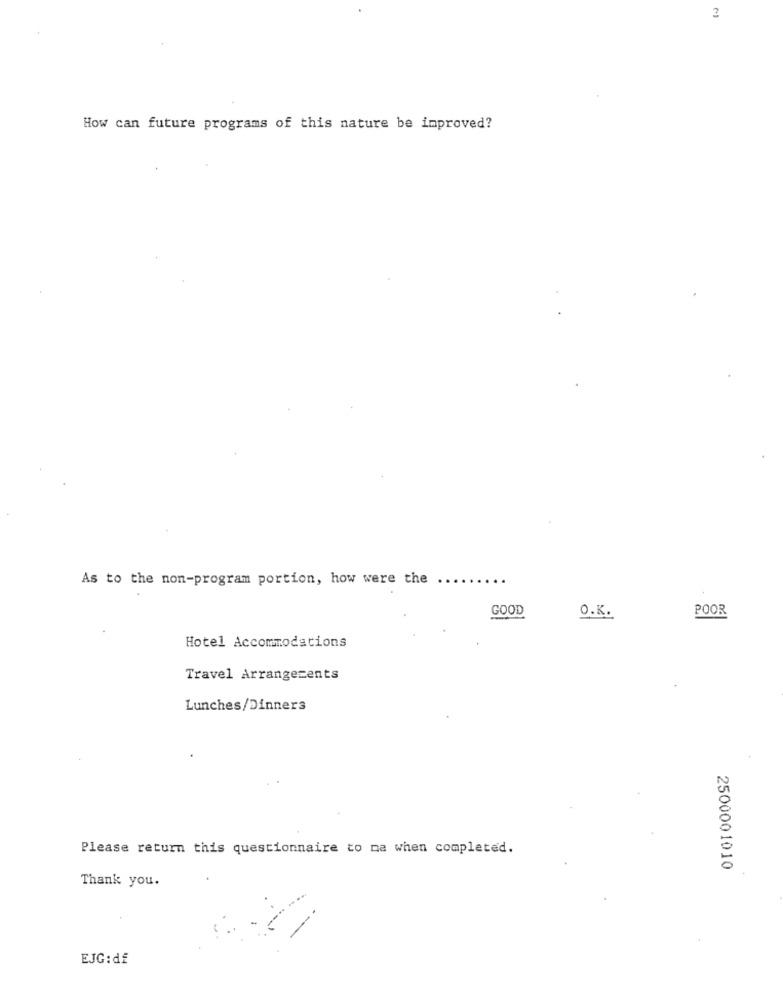
2
How can future programs of this nature be improved?
As to the non-program portion, how were the
GOOD
O.K.
POOR
Hotel Accommodations
Travel Arrangements
Lunches/Dinners
Please return this questionnaire to ma when completed.
2500001010
Thank you.
EJG: df